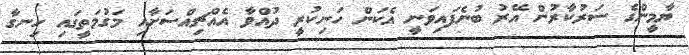
ޔާމީންގެ ސަރުކާރުން އޭރު ބުނެފައިވަނީ އެކަން ހަނިކުރީ ދުއްވާ އެއްޗިއްސަށާއި މަގުމަތީގައި ހިނގާ